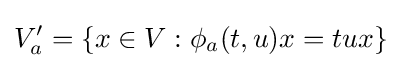
V'_{a}=\left\lbrace {x\in V:\phi _{a}(t,u)x=tux}\right\rbrace